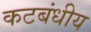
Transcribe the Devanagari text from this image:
कटबंधीय